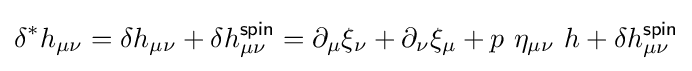
\delta ^{*}h_{\mu \nu }=\delta h_{\mu \nu }+\delta h_{\mu \nu }^{\mathsf {spin}}=\partial _{\mu }\xi _{\nu }+\partial _{\nu }\xi _{\mu }+p\ \eta _{\mu \nu }\ h+\delta h_{\mu \nu }^{\mathsf {spin}}